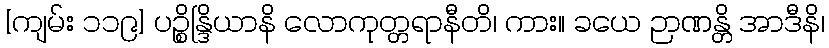
[ကျမ်း ၁၁၉] ပဉ္စိန္ဒြိယာနိ လောကုတ္တရာနီတိ၊ ကား။ ခယေ ဉာဏန္တိ အာဒီနိ၊